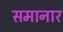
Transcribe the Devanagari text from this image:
समानार